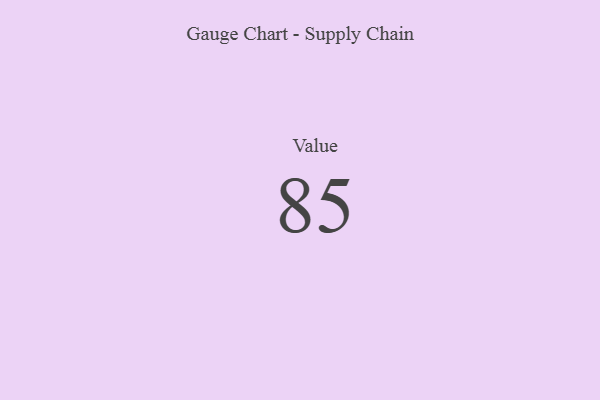
{"axis": {"x": "Metric", "y": "Value"}, "legend": [""], "data": [{"x": "Value", "y": 85, "type": ""}]}